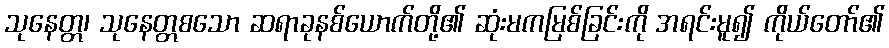
သုနေတ္တ၊ သုနေတ္တစသော ဆရာခုနစ်ယောက်တို့၏ ဆုံးမကမြစ်ခြင်းကို အရင်းမူ၍ ကိုယ်တော်၏